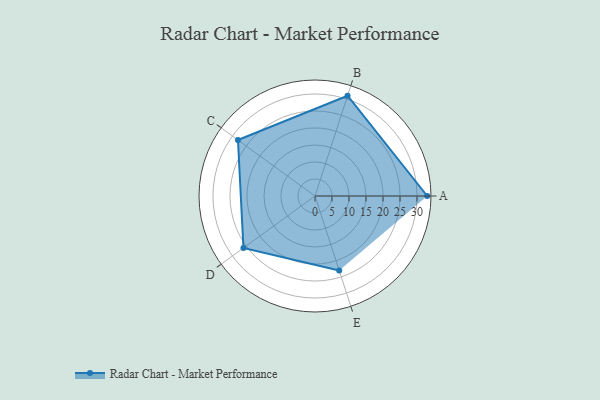
{"axis": {"x": "Skill", "y": "Score"}, "legend": ["Profile"], "data": [{"x": "A", "y": 33.0, "type": "Profile"}, {"x": "B", "y": 31.0, "type": "Profile"}, {"x": "C", "y": 28.0, "type": "Profile"}, {"x": "D", "y": 26.0, "type": "Profile"}, {"x": "E", "y": 23.0, "type": "Profile"}]}